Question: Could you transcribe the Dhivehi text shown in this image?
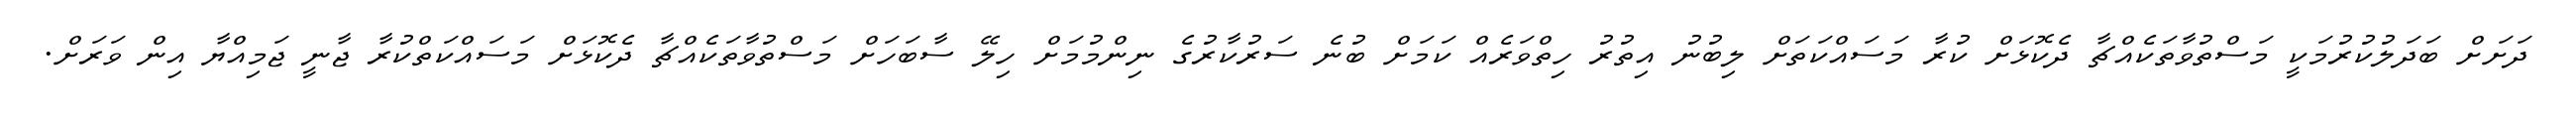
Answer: ދަށަށް ބަދަލުކުރުމަކީ މަސްތުވާތަކެއްޗާ ދެކޮޅަށް ކުރާ މަސައްކަތަށް ލިބުނު އިތުރު ހިތްވަރެއް ކަމަށް ބުނެ ސަރުކާރުގެ ނިންމުމަށް ހިލޭ ސާބަހަށް މަސްތުވާތަކެއްޗާ ދެކޮޅަށް މަސައްކަތްކުރާ ޖާނީ ޖަމިއްޔާ އިން ވަރަށް.